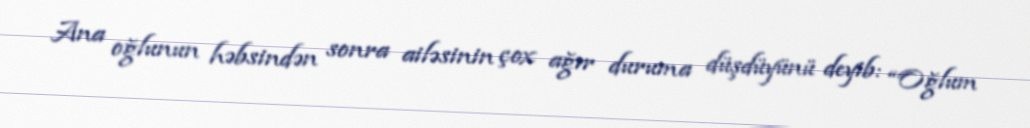
Ana oğlunun həbsindən sonra ailəsinin çox ağır duruma düşdüyünü deyib: “Oğlum